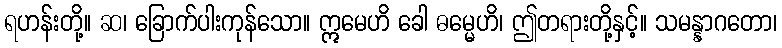
ရဟန်းတို့။ ဆ၊ ခြောက်ပါးကုန်သော။ ဣမေဟိ ခေါ ဓမ္မေဟိ၊ ဤတရားတို့နှင့်။ သမန္နာဂတော၊